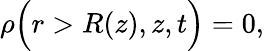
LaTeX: \begin{array}{r}{\rho\Big(r>R(z),z,t\Big)=0,}\end{array}